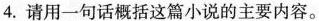
4. 请用一句话概括这篇小说的主要内容。